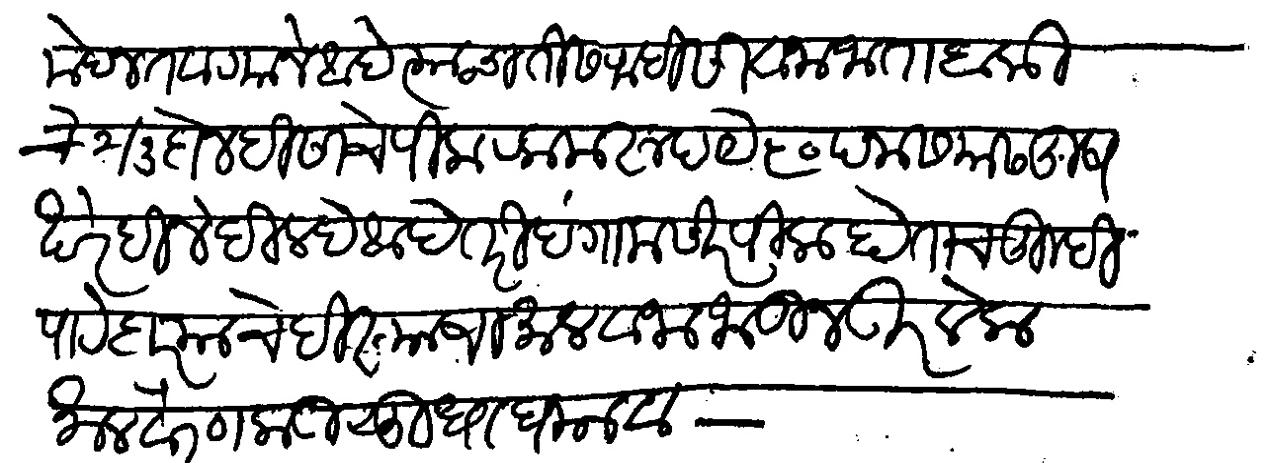
Transliteration (Devanagari): मेहेनत वाटयाने आहे त्याचा तिसरा हिसा वजा जाता बाकीचे २ ३ दोन हिसाचे पीक रक्कम रुपये ५० पनास यास खुष खरेदीने दिल्हे आहे तरी हंगामसीर पीक होताच तुम्ही पाटेदार याचे हिस्याचा माल वजा जाऊन उरलेला माल वैरण काडी सुध्धा घ्यावा